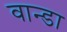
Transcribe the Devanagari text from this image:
वान्डा